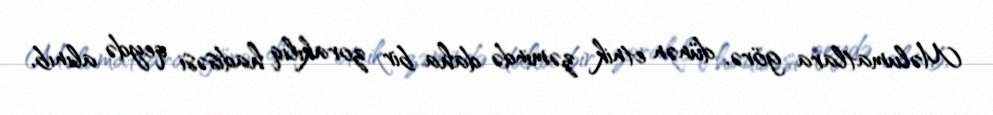
Məlumatlara görə, dünən etnik zəmində daha bir zorakılıq hadisəsi qeydə alınıb,